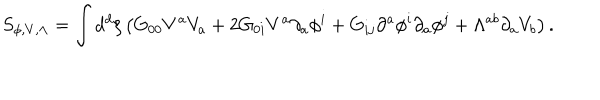
S _ { \phi , V , \Lambda } = \int d ^ { d } \xi \left( G _ { 0 0 } V ^ { a } V _ { a } + 2 G _ { 0 i } V ^ { a } \partial _ { a } \phi ^ { i } + G _ { i j } \partial ^ { a } \phi ^ { i } \partial _ { a } \phi ^ { j } + \Lambda ^ { a b } \partial _ { a } V _ { b } \right) .